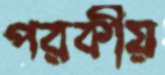
পরকীয়